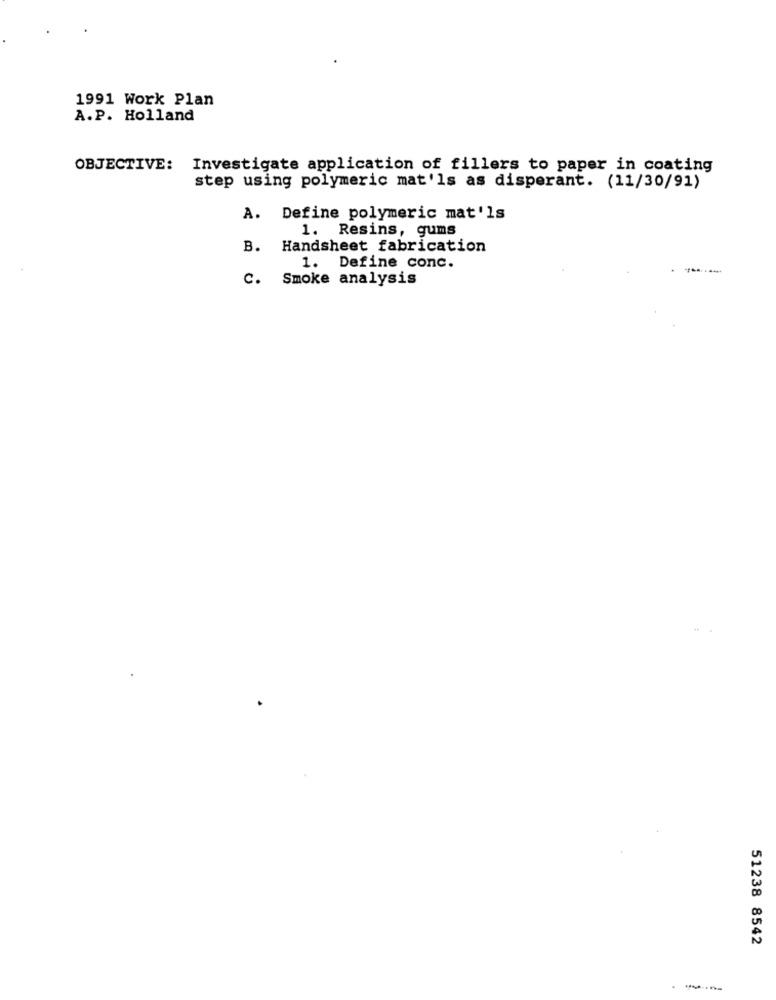
1991 Work Plan
A.P. Holland
OBJECTIVE: Investigate application of fillers to paper in coating
step using polymeric mat'ls as disperant. (11/30/91)
A. Define polymeric mat'ls
1. Resins, gums
B. Handsheet fabrication
1. Define conc.
C. Smoke analysis
51238 8542